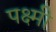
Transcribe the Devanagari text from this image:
पक्ष्मी